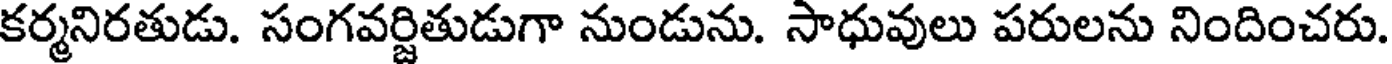
కర్మనిరతుడు. సంగవర్జితుడుగా నుండును. సాధువులు పరులను నిందించరు.